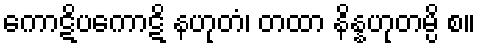
ကောဋိပကောဋိ နဟုတံ၊ တထာ နိန္နဟုတမ္ပိ စ။